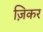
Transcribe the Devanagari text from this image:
ज़िकर